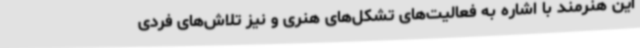
این هنرمند با اشاره به فعالیت‌های تشکل‌های هنری و نیز تلاش‌های فردی